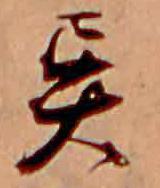
異